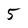
Character: 5